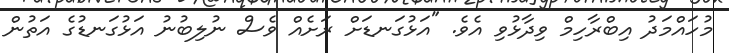
މުހައްމަދު އިބްރާހިމް ވިދާޅުވި އެވެ. "އަޅުގަނޑަށް ރަށެެއް ވެސް ނުލިބުނު އަޅުގަނޑުގެ އަތުން